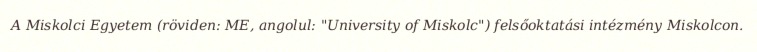
A Miskolci Egyetem (röviden: ME, angolul: "University of Miskolc") felsőoktatási intézmény Miskolcon.